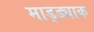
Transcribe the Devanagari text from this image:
माड्ड्याक